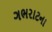
ગભરાટના